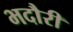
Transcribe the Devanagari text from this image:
भदौरी